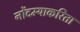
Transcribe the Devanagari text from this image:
नोंदम्याकरिता